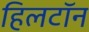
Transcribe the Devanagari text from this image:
हिलटॉन